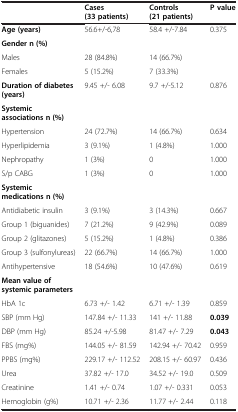
<table><thead><tr><td><b> </b></td><td><b>Cases (33 patients)</b></td><td><b>Controls (21 patients)</b></td><td><b>P value</b></td></tr></thead><tbody><tr><td><b>Age (years)</b></td><td>56.6+/-6,78</td><td>58.4 +/-7.84</td><td>0.375</td></tr><tr><td><b>Gender n (%)</b></td><td> </td><td> </td><td> </td></tr><tr><td>Males</td><td>28 (84.8%)</td><td>14 (66.7%)</td><td> </td></tr><tr><td>Females</td><td>5 (15.2%)</td><td>7 (33.3%)</td><td> </td></tr><tr><td><b>Duration of diabetes (years)</b></td><td>9.45 +/- 6.08</td><td>9.7 +/-5.12</td><td>0.876</td></tr><tr><td><b>Systemic associations n (%)</b></td><td> </td><td> </td><td> </td></tr><tr><td>Hypertension</td><td>24 (72.7%)</td><td>14 (66.7%)</td><td>0.634</td></tr><tr><td>Hyperlipidemia</td><td>3 (9.1%)</td><td>1 (4.8%)</td><td>1.000</td></tr><tr><td>Nephropathy</td><td>1 (3%)</td><td>0</td><td>1.000</td></tr><tr><td>S/p CABG</td><td>1 (3%)</td><td>0</td><td>1.000</td></tr><tr><td><b>Systemic medications n (%)</b></td><td> </td><td> </td><td> </td></tr><tr><td>Antidiabetic insulin</td><td>3 (9.1%)</td><td>3 (14.3%)</td><td>0.667</td></tr><tr><td>Group 1 (biguanides)</td><td>7 (21.2%)</td><td>9 (42.9%)</td><td>0.089</td></tr><tr><td>Group 2 (glitazones)</td><td>5 (15.2%)</td><td>1 (4.8%)</td><td>0.386</td></tr><tr><td>Group 3 (sulfonylureas)</td><td>22 (66.7%)</td><td>14 (66.7%)</td><td>1.000</td></tr><tr><td>Antihypertensive</td><td>18 (54.6%)</td><td>10 (47.6%)</td><td>0.619</td></tr><tr><td><b>Mean value of systemic parameters</b></td><td> </td><td> </td><td> </td></tr><tr><td>HbA 1c</td><td>6.73 +/- 1.42</td><td>6.71 +/- 1.39</td><td>0.859</td></tr><tr><td>SBP (mm Hg)</td><td>147.84 +/- 11.33</td><td>141 +/- 11.88</td><td><b>0.039</b></td></tr><tr><td>DBP (mm Hg)</td><td>85.24 +/-5.98</td><td>81.47 +/- 7.29</td><td><b>0.043</b></td></tr><tr><td>FBS (mg%)</td><td>144.05 +/- 81.59</td><td>142.94 +/- 70.42</td><td>0.959</td></tr><tr><td>PPBS (mg%)</td><td>229.17 +/- 112.52</td><td>208.15 +/- 60.97</td><td>0.436</td></tr><tr><td>Urea</td><td>37.82 +/- 17.0</td><td>34.52 +/- 19.0</td><td>0.509</td></tr><tr><td>Creatinine</td><td>1.41 +/- 0.74</td><td>1.07 +/- 0.331</td><td>0.053</td></tr><tr><td>Hemoglobin (g%)</td><td>10.71 +/- 2.36</td><td>11.77 +/- 2.44</td><td>0.118</td></tr></tbody></table>